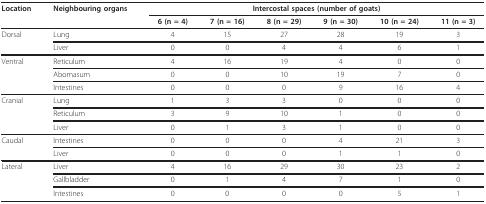
<table><thead><tr><td><b>Location</b></td><td><b>Neighbouring organs</b></td><td colspan="6"><b>Intercostal spaces (number of goats)</b></td></tr><tr><td>[EMPTY_CELL]</td><td>[EMPTY_CELL]</td><td><b>6 (n = 4)</b></td><td><b>7 (n = 16)</b></td><td><b>8 (n = 29)</b></td><td><b>9 (n = 30)</b></td><td><b>10 (n = 24)</b></td><td><b>11 (n = 3)</b></td></tr></thead><tbody><tr><td>Dorsal</td><td>Lung</td><td>4</td><td>15</td><td>27</td><td>28</td><td>19</td><td>3</td></tr><tr><td>[EMPTY_CELL]</td><td>Liver</td><td>0</td><td>0</td><td>4</td><td>4</td><td>6</td><td>1</td></tr><tr><td>Ventral</td><td>Reticulum</td><td>4</td><td>16</td><td>19</td><td>4</td><td>0</td><td>0</td></tr><tr><td>[EMPTY_CELL]</td><td>Abomasum</td><td>0</td><td>0</td><td>10</td><td>19</td><td>7</td><td>0</td></tr><tr><td>[EMPTY_CELL]</td><td>Intestines</td><td>0</td><td>0</td><td>0</td><td>9</td><td>16</td><td>4</td></tr><tr><td>Cranial</td><td>Lung</td><td>1</td><td>3</td><td>3</td><td>0</td><td>0</td><td>0</td></tr><tr><td>[EMPTY_CELL]</td><td>Reticulum</td><td>3</td><td>9</td><td>10</td><td>1</td><td>0</td><td>0</td></tr><tr><td>[EMPTY_CELL]</td><td>Liver</td><td>0</td><td>1</td><td>3</td><td>1</td><td>0</td><td>0</td></tr><tr><td>Caudal</td><td>Intestines</td><td>0</td><td>0</td><td>0</td><td>4</td><td>21</td><td>3</td></tr><tr><td>[EMPTY_CELL]</td><td>Liver</td><td>0</td><td>0</td><td>0</td><td>1</td><td>1</td><td>0</td></tr><tr><td>Lateral</td><td>Liver</td><td>4</td><td>16</td><td>29</td><td>30</td><td>23</td><td>2</td></tr><tr><td>[EMPTY_CELL]</td><td>Gallbladder</td><td>0</td><td>1</td><td>4</td><td>7</td><td>1</td><td>0</td></tr><tr><td>[EMPTY_CELL]</td><td>Intestines</td><td>0</td><td>0</td><td>0</td><td>0</td><td>5</td><td>1</td></tr></tbody></table>